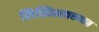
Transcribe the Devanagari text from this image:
लिखितस्वरुपात